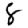
Digit: 8